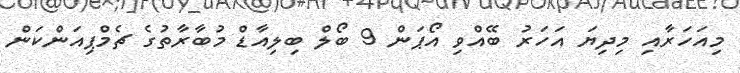
މިއަހަރާއި މިދިޔަ އަހަރު ބޭއްވި އޯޕަން 9 ބޯލް ބިލިއާޑް މުބާރާތުގެ ޗެމްޕިއަންކަން